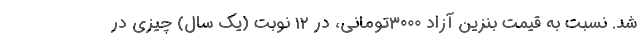
شد. نسبت به قیمت بنزین آزاد 3000تومانی، در 12 نوبت (یک سال) چیزی در